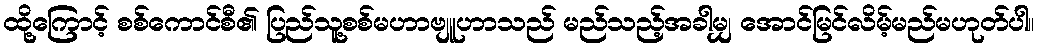
ထို့ကြောင့် စစ်ကောင်စီ၏ ပြည်သူ့စစ်မဟာဗျူဟာသည် မည်သည့်အခါမျှ အောင်မြင်လိမ့်မည်မဟုတ်ပါ။